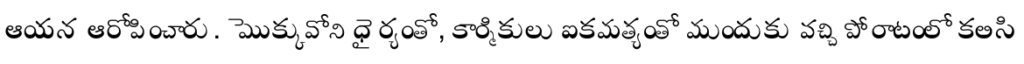
ఆయన ఆరోపించారు. మొక్కువోని ధైర్యంతో, కార్మికులు ఐకమత్యంతో ముందుకు వచ్చి పోరాటంలో కలిసి